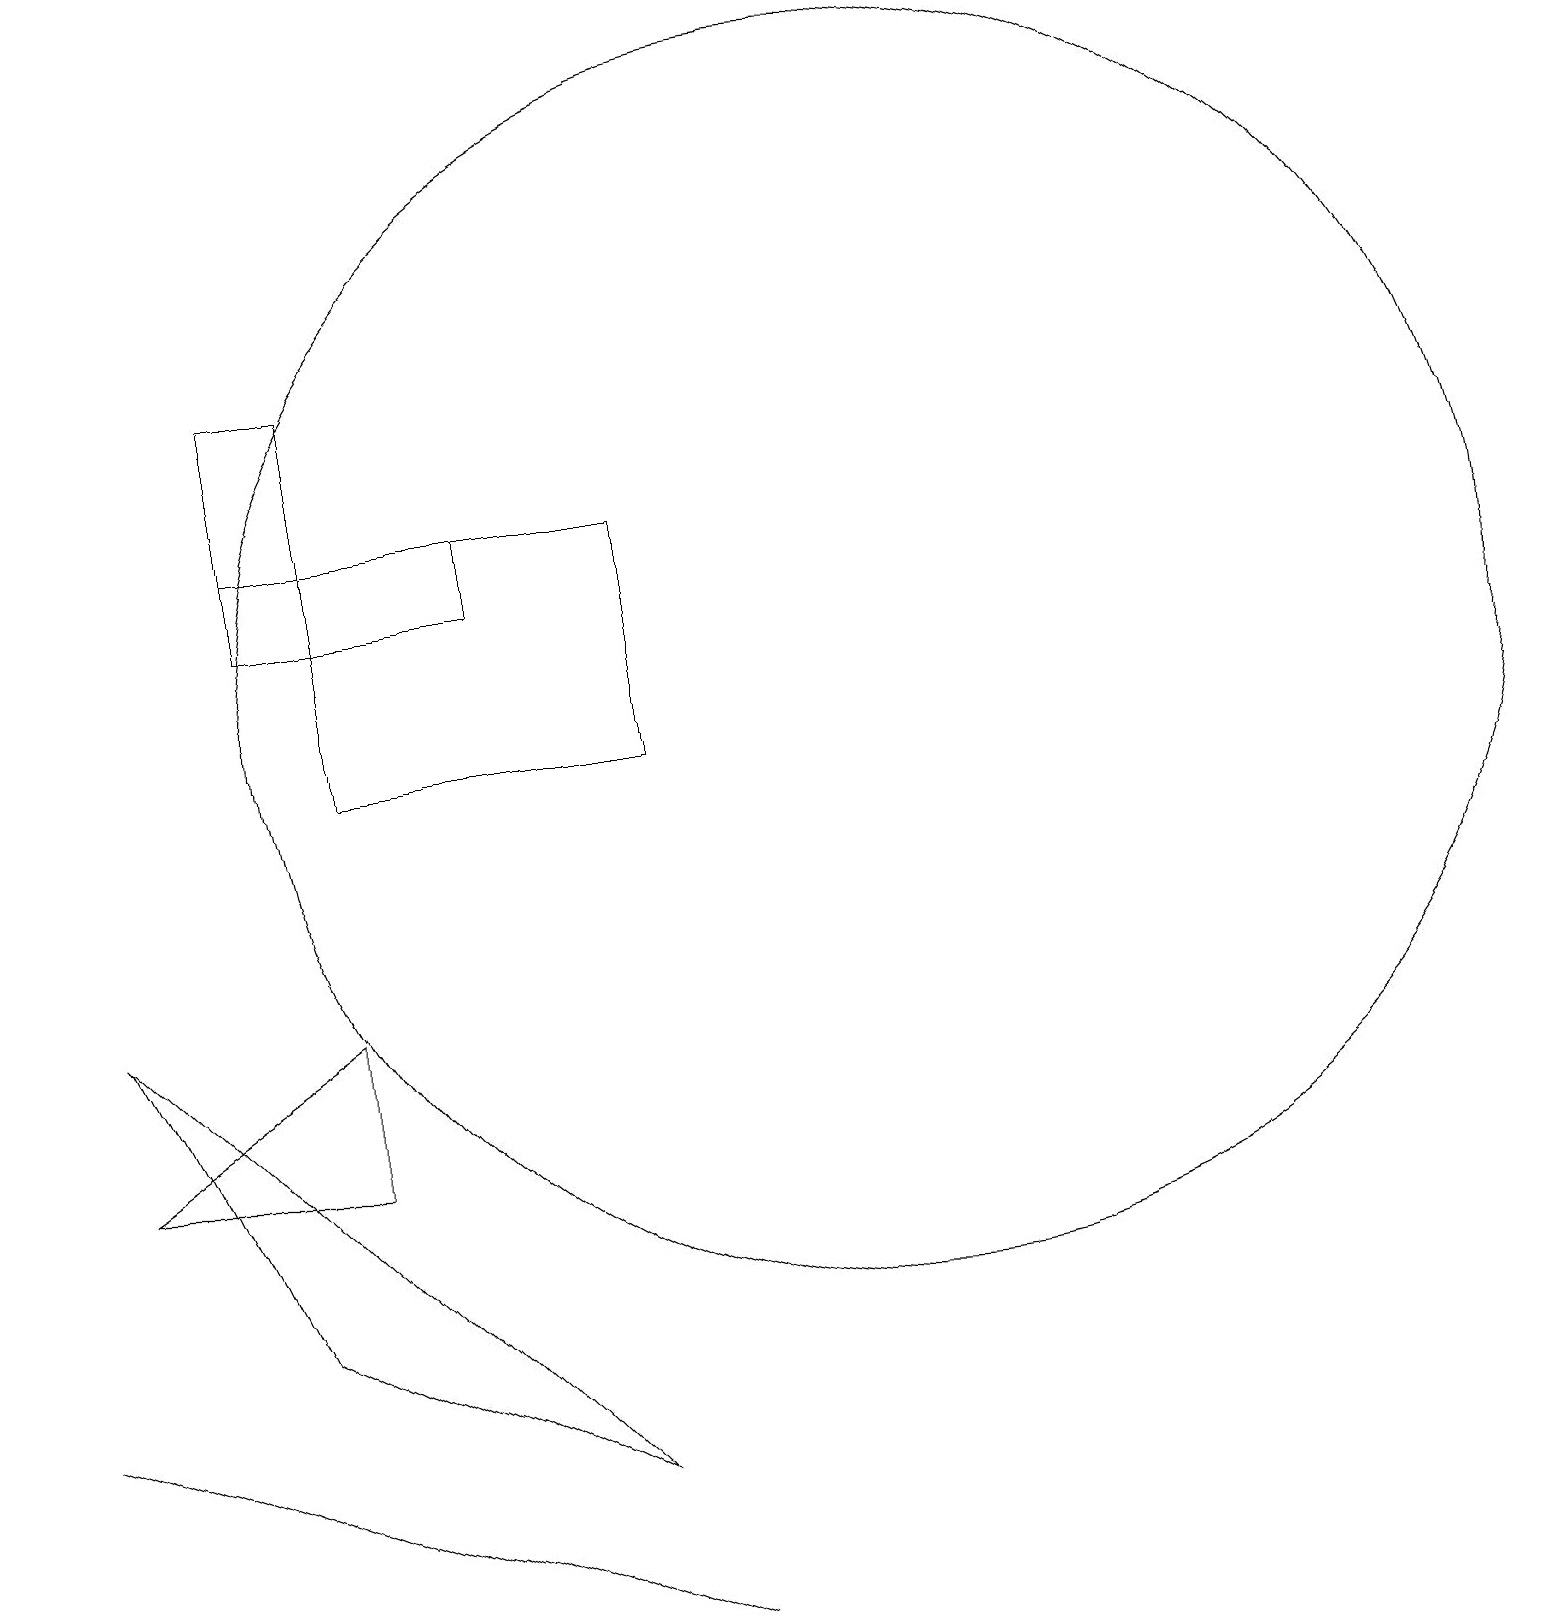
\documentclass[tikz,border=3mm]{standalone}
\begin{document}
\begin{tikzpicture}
\draw (3,16) rectangle (4,14);
\draw (4,8) -- (4,6) -- (1,6) -- cycle;
\draw (11,12) circle (8);
\draw (3,14) rectangle (6,13);
\draw (8,14) rectangle (4,11);
\draw (0,3) -- (8,0) -- (8,0) -- cycle;
\draw (3,4) -- (7,2) -- (1,8) -- cycle;
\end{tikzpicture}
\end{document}